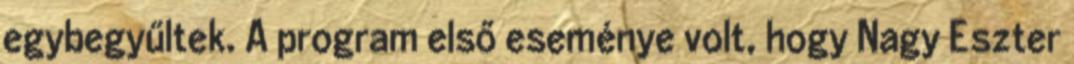
egybegyűltek. A program első eseménye volt, hogy Nagy Eszter